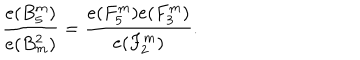
{ \frac { e ( B _ { 5 } ^ { m } ) } { e ( B _ { m } ^ { 2 } ) } } = { \frac { e ( F _ { 5 } ^ { m } ) e ( F _ { 3 } ^ { m } ) } { e ( F _ { 2 } ^ { m } ) } } .